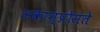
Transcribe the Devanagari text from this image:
अकाम्प्रोसते